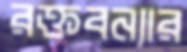
রক্তবন্যার